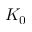
K _ { 0 }